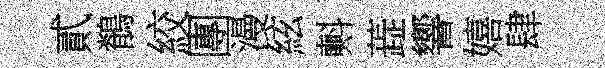
貳鶺絞團漫絃㪺蕋響嬉肆